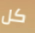
كل